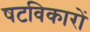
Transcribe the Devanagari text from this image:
षटविकारों